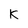
Character: k